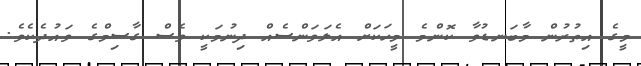
މީގެ އިތުރުން މާބަނޑުވާ ކޮންމެ މީހަކަށް އެލަވަންސެއް ދިނުމަކީ ވެސް ގާސިމްގެ ވައުދެކެވެ.